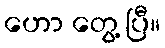
ဟော တွေ့ ပြီ။